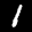
Label: 1